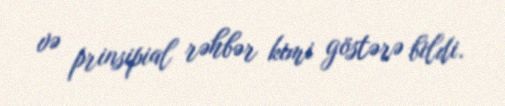
və prinsipial rəhbər kimi göstərə bildi.